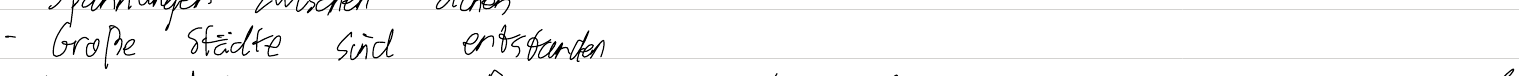
- Große Städte sind entstanden